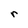
Character: r